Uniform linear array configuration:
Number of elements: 24
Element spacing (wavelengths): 1
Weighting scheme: kaiser
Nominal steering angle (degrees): -60
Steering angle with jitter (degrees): -59.706
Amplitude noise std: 0.05
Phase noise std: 0.05

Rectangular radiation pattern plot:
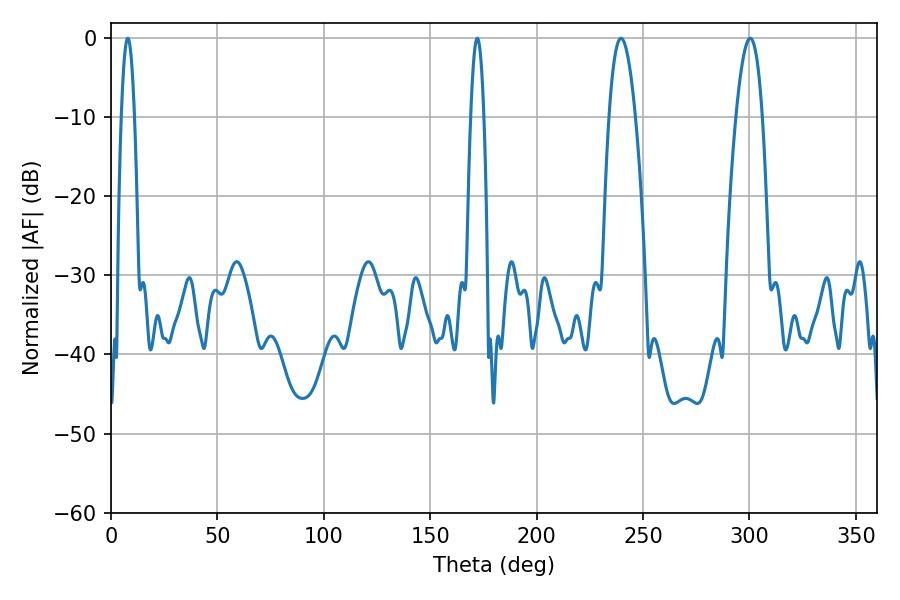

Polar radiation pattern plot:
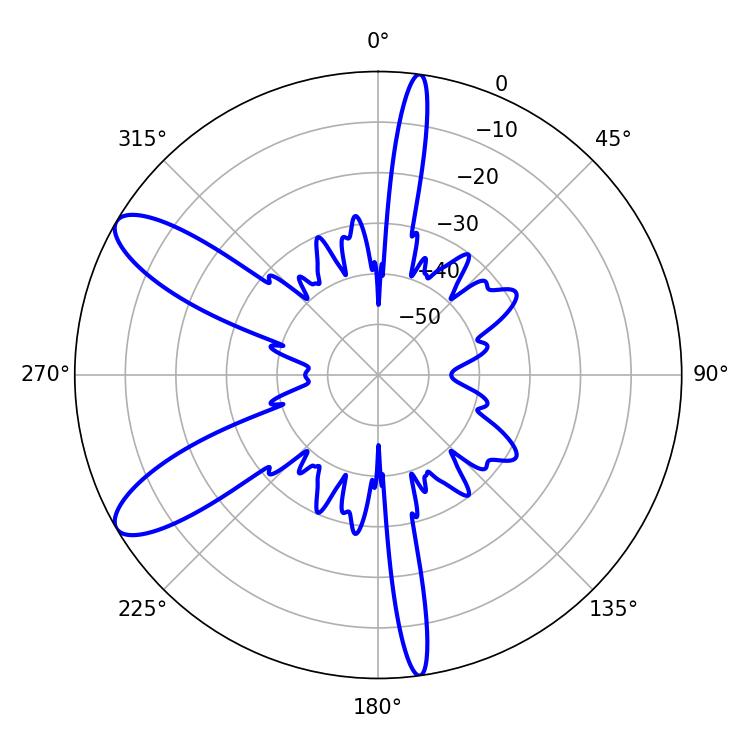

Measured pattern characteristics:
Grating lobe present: TRUE
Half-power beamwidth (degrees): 6.84
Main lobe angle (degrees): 239.58